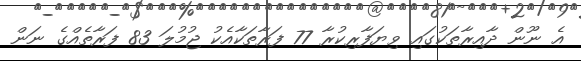
އެ ނޫން ދާއިރާތަކުގައި ވިޔަފާރިކުރާ 77 ފަރާތަކާއެކު ޖުމުލަ 83 ފަރާތެއްގެ ނަން